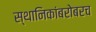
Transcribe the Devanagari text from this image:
स्थानिकांबरोबरच